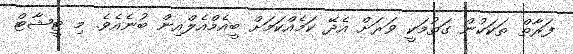
ފަރާތް ތަކަކުން ގަތުމަކީ ވަރަށް އެދޭ ކަމެއްކަމަށް ބީއެމްއެލްއިން ބުނެއެވެ. މި ޓީޝާޓް